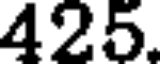
425.